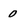
Character: 0